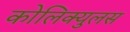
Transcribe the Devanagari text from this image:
कोलिक्युलस